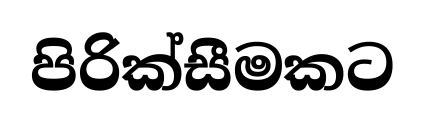
පිරික්සීමකට